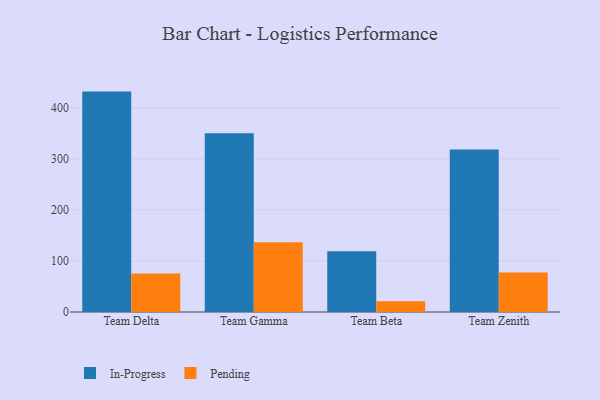
{"axis": {"x": "Team", "y": "Gross Profit (USD K)"}, "legend": ["In-Progress", "Pending"], "data": [{"x": "Team Delta", "y": 431.4, "type": "In-Progress"}, {"x": "Team Delta", "y": 75.2, "type": "Pending"}, {"x": "Team Gamma", "y": 350.0, "type": "In-Progress"}, {"x": "Team Gamma", "y": 136.6, "type": "Pending"}, {"x": "Team Beta", "y": 119.0, "type": "In-Progress"}, {"x": "Team Beta", "y": 20.8, "type": "Pending"}, {"x": "Team Zenith", "y": 318.2, "type": "In-Progress"}, {"x": "Team Zenith", "y": 77.2, "type": "Pending"}]}